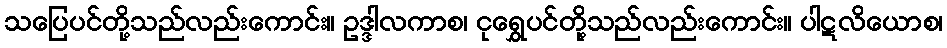
သပြေပင်တို့သည်လည်းကောင်း။ ဥဒ္ဒါလကာစ၊ ငုရွှေပင်တို့သည်လည်းကောင်း။ ပါဋလိယောစ၊